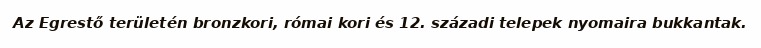
Az Egrestő területén bronzkori, római kori és 12. századi telepek nyomaira bukkantak.